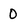
Character: 0